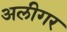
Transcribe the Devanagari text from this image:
अलीगर